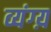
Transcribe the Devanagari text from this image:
व्यंग्य़